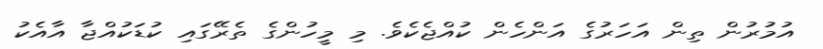
އުމުރުން ތިން އަހަރުގެ އަންހެން ކުއްޖެކެވެ. މި މީހުންގެ ތެރޭގައި ކުޑަކުއްޖާ އާއެކު